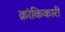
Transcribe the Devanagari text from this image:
क्रांकिकारी